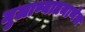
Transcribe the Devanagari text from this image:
मुलाण्याप्रमाणेच